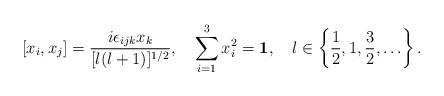
LaTeX: \begin{align*}[x_i, x_j] = \frac{i \epsilon_{ijk} x_k}{[l(l+1)]^{1/2}}, \quad\sum_{i=1}^3 x_i^2 = {\bf 1}, \quad l \in \left\{ \frac{1}{2}, 1, \frac{3}{2}, \ldots \right\}.\end{align*}